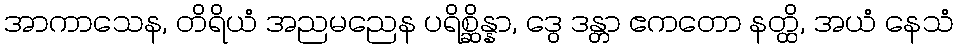
အာကာသေန, တိရိယံ အညမညေန ပရိစ္ဆိန္နာ, ဒွေ ဒန္တာ ဧကတော နတ္ထိ, အယံ နေသံ